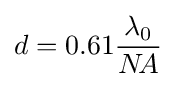
d=0.61{\frac {\lambda _{0}}{N\!A}}\;\!